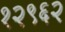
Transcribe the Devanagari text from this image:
१२९६२